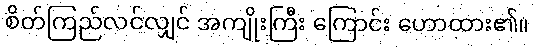
စိတ်ကြည်လင်လျှင် အကျိုးကြီး ကြောင်း ဟောထား၏။